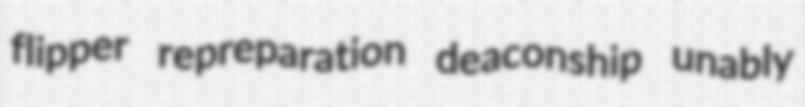
flipper repreparation deaconship unably